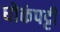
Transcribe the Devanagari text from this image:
घोकंपट्टी